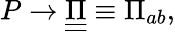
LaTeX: P\rightarrow\underline{{\underline{{\Pi}}}}\equiv\Pi_{ab},